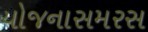
યોજનાસમરસ